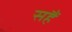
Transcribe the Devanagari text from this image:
सहैं